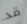
قد